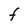
Character: F